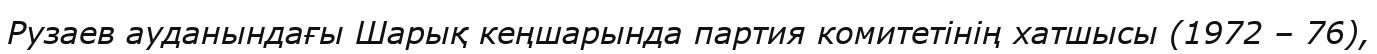
Рузаев ауданындағы Шарық кеңшарында партия комитетінің хатшысы (1972 – 76),